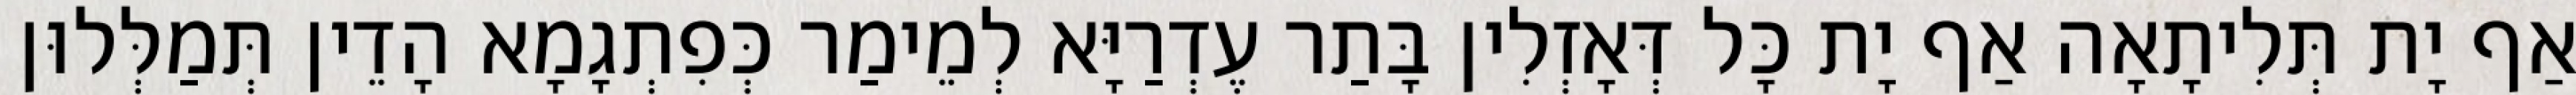
אַף יָת תְּלִיתָאָה אַף יָת כָּל דְּאָזְלִין בָּתַר עֶדְרַיָּא לְמֵימַר כְּפִתְגָמָא הָדֵין תְּמַלְּלוּן